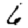
Digit: 6